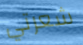
شعرتي